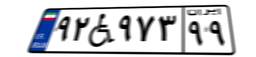
۹۲W۹۷۳۹۹